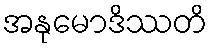
အနုမောဒိဿတိ